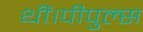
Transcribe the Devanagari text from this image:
थीं।पीपुल्स